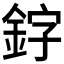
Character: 𫒛